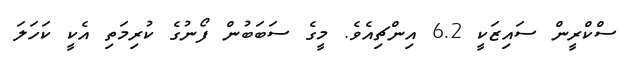
ސްކްރީން ސައިޒަކީ 6.2 އިންޗިއެވެ. މީގެ ސަބަބުން ފޯނުގެ ކުރިމަތި އެކީ ކަހަލަ